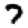
Digit: 7